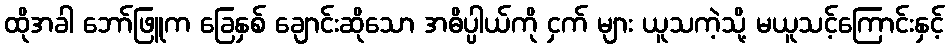
ထိုအခါ ဘော်ဖြူက ခြေနှစ် ချောင်းဆိုသော အဓိပ္ပါယ်ကို ငှက် များ ယူသကဲ့သို့ မယူသင့်ကြောင်းနှင့်